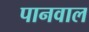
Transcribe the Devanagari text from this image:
पानवाल